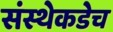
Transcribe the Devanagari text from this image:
संस्थेकडेच